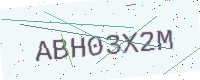
Text: ABH03X2M